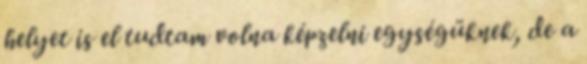
helyet is el tudtam volna képzelni egységüknek, de a